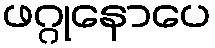
ဖဂ္ဂုနောပေ